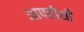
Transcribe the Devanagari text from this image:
आपत्तीशी